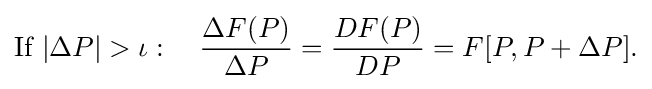
{\text{If }}|\Delta P|>{\mathit {\iota }}:\quad {\frac {\Delta F(P)}{\Delta P}}={\frac {DF(P)}{DP}}=F[P,P+\Delta P].\,\!